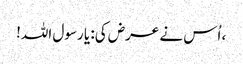
، اُس نے عرض کی: یا رسول اللہ!